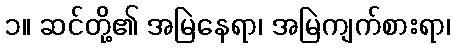
၁။ ဆင်တို့၏ အမြဲနေရာ၊ အမြဲကျက်စားရာ၊